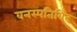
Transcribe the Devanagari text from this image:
वनस्पतिविद